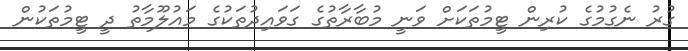
ގުރު ނެގުމުގެ ކުރިން ޓީމުތަކަށް ވަނީ މުބާރާތުގެ ގަވައިދުތަކުގެ މައުލޫމާތު ދީ ޓީމުތަކުން